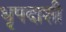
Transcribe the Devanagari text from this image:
धृपदाशी